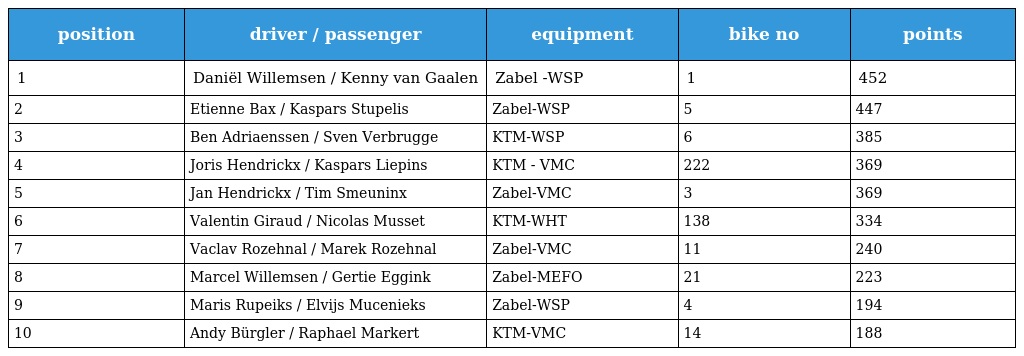
| position | driver / passenger | equipment | bike no | points |
 | --- | --- | --- | --- | --- |
 | 1 | Daniël Willemsen / Kenny van Gaalen | Zabel -WSP | 1 | 452 |
 | 2 | Etienne Bax / Kaspars Stupelis | Zabel-WSP | 5 | 447 |
 | 3 | Ben Adriaenssen / Sven Verbrugge | KTM-WSP | 6 | 385 |
 | 4 | Joris Hendrickx / Kaspars Liepins | KTM - VMC | 222 | 369 |
 | 5 | Jan Hendrickx / Tim Smeuninx | Zabel-VMC | 3 | 369 |
 | 6 | Valentin Giraud / Nicolas Musset | KTM-WHT | 138 | 334 |
 | 7 | Vaclav Rozehnal / Marek Rozehnal | Zabel-VMC | 11 | 240 |
 | 8 | Marcel Willemsen / Gertie Eggink | Zabel-MEFO | 21 | 223 |
 | 9 | Maris Rupeiks / Elvijs Mucenieks | Zabel-WSP | 4 | 194 |
 | 10 | Andy Bürgler / Raphael Markert | KTM-VMC | 14 | 188 |